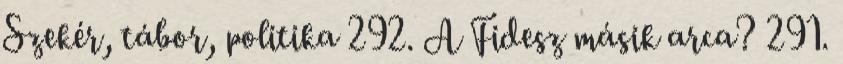
Szekér, tábor, politika 292. A Fidesz másik arca? 291.